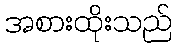
အစားထိုးသည်